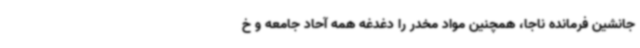
جانشین فرمانده ناجا، همچنین مواد مخدر را دغدغه همه آحاد جامعه و خ